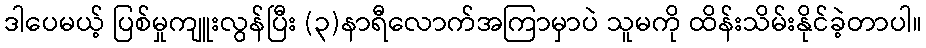
ဒါပေမယ့် ပြစ်မှုကျူးလွန်ပြီး (၃)နာရီလောက်အကြာမှာပဲ သူမကို ထိန်းသိမ်းနိုင်ခဲ့တာပါ။